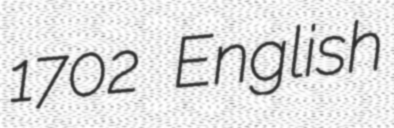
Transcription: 1702 English